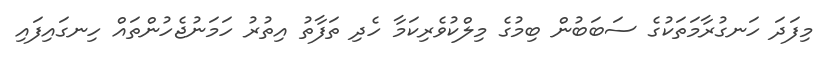
މިފަދަ ހަނގުރާމަތަކުގެ ސަބަބުން ބިމުގެ މިލްކުވެރިކަމާ ހެދި ތަފާތު އިތުރު ހަމަނުޖެހުންތައް ހިނގައިފައި